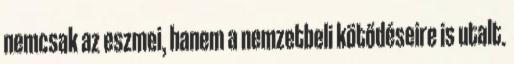
nemcsak az eszmei, hanem a nemzetbeli kötődéseire is utalt.